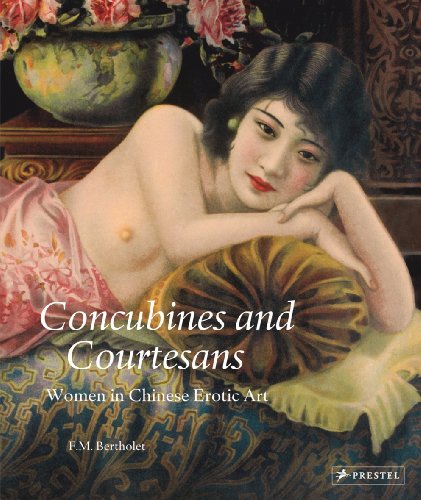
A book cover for Concubines and Courtesans: Women in Chinese Erotic Art; Ferry M. Bertholet; Arts & Photography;